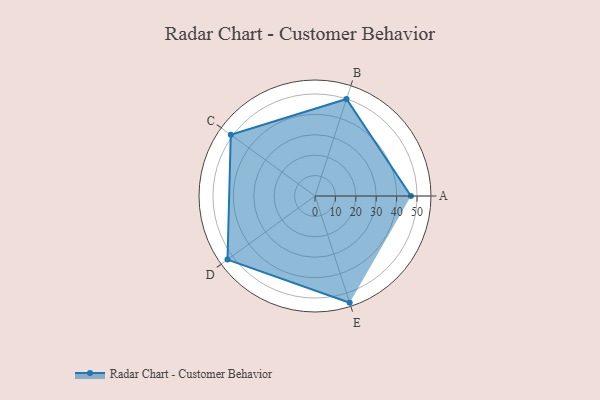
{"axis": {"x": "Skill", "y": "Score"}, "legend": ["Profile"], "data": [{"x": "A", "y": 47.0, "type": "Profile"}, {"x": "B", "y": 50.0, "type": "Profile"}, {"x": "C", "y": 51.0, "type": "Profile"}, {"x": "D", "y": 53.0, "type": "Profile"}, {"x": "E", "y": 55.0, "type": "Profile"}]}